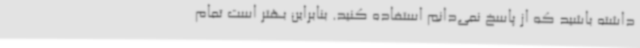
داشته باشید که از پاسخ نمی‌دانم استفاده کنید. بنابراین بهتر است تمام